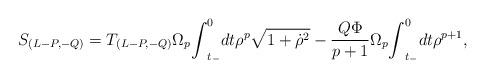
LaTeX: \begin{align*}S_{(L-P,-Q)}=T_{(L-P,-Q)}{\Omega}_{p} {\int}_{t_{-}}^{0}dt {\rho}^{p}\sqrt {1+{\dot {\rho}}^{2}} -\frac{Q{\Phi}}{p+1} {\Omega}_{p} {\int}_{t_{-}}^{0}dt {\rho}^{p+1},\end{align*}